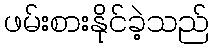
ဖမ်းစားနိုင်ခဲ့သည်